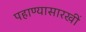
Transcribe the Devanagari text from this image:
पहाण्यासारखीं